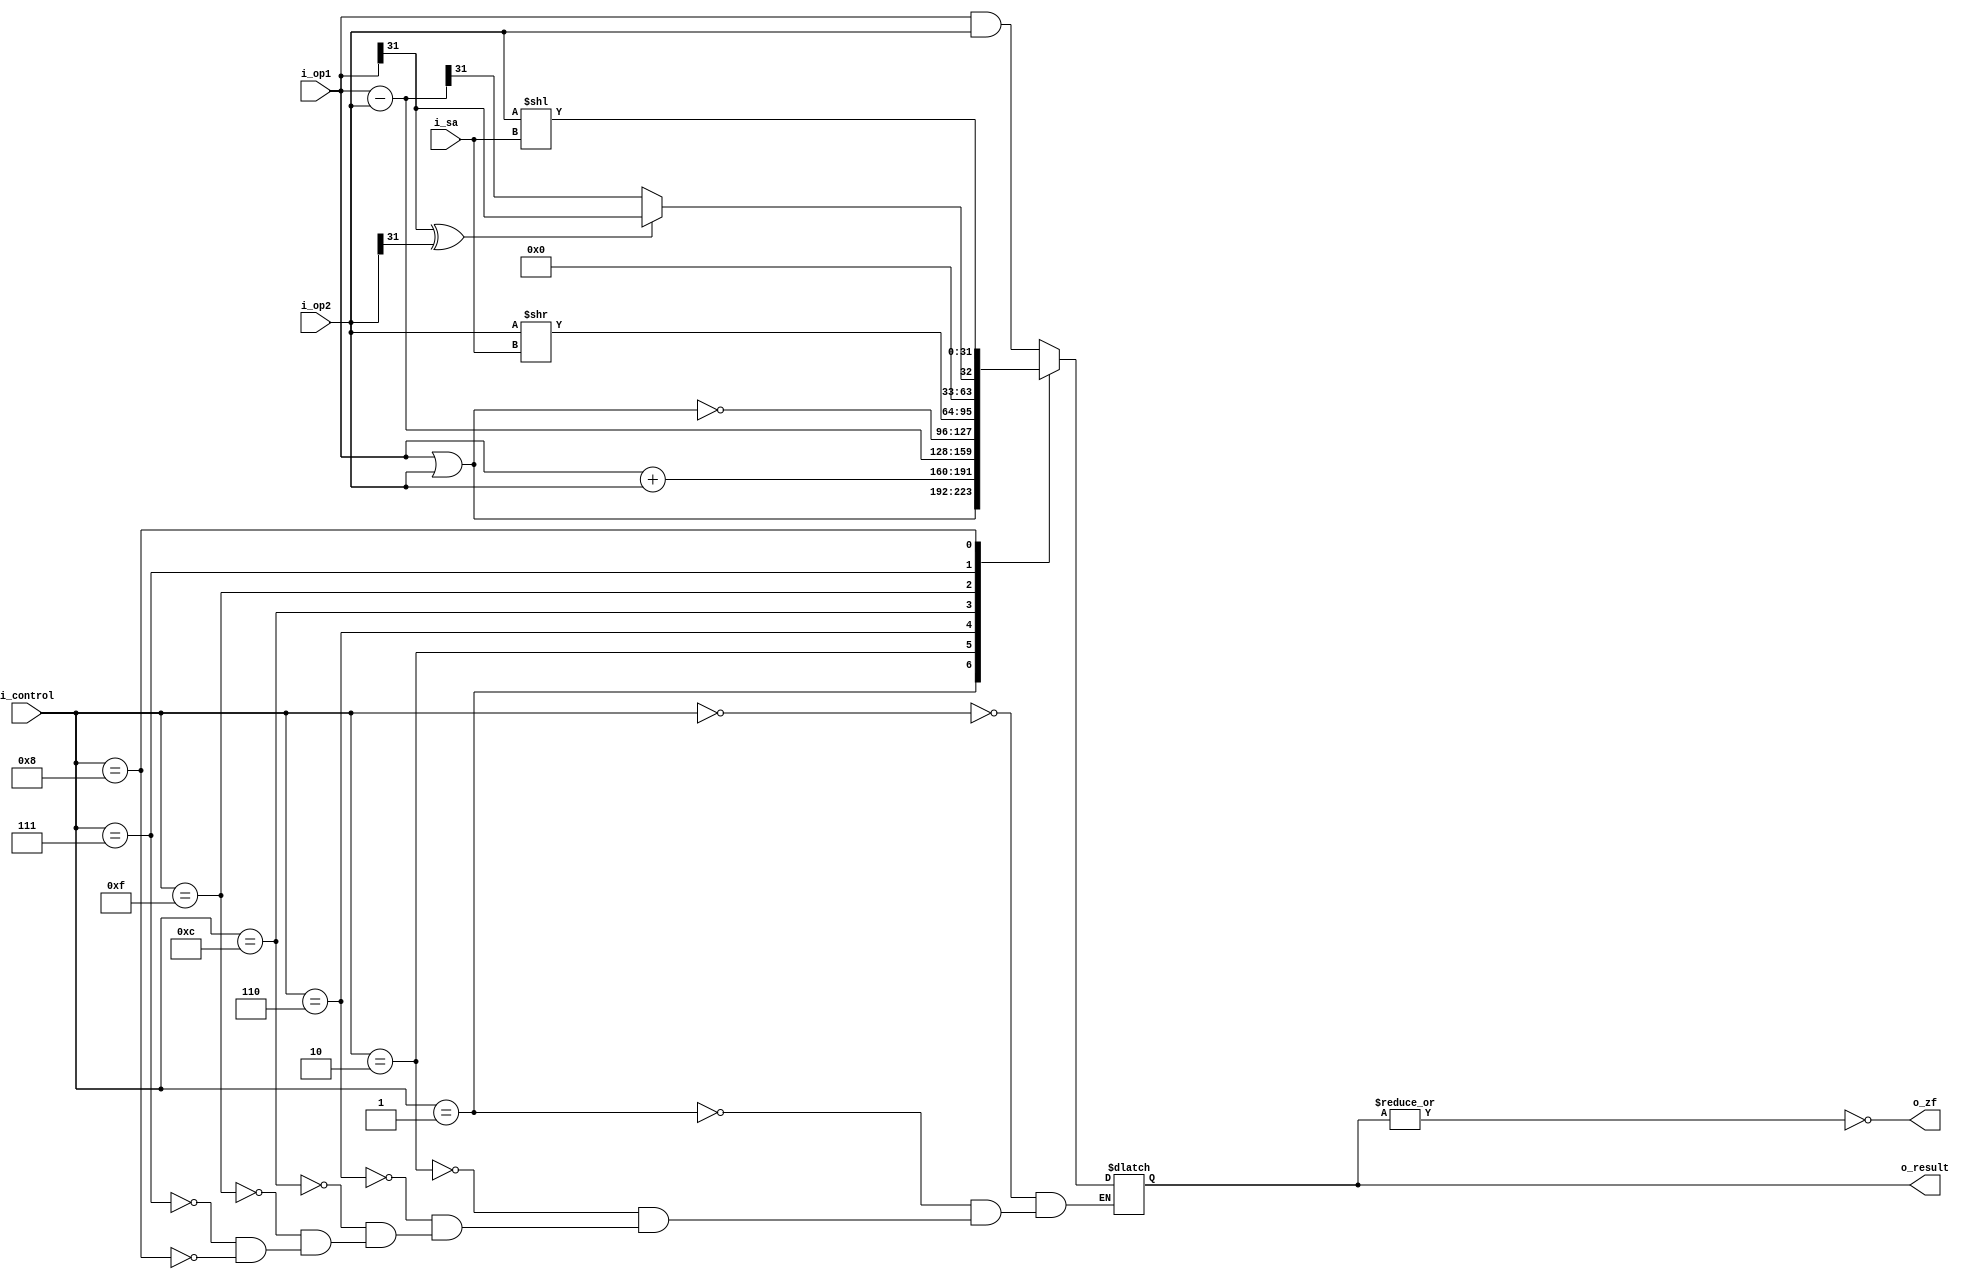
module alu(i_op1, i_op2, i_control, i_sa, o_result, o_zf);

localparam AND = 4'b0000, OR = 4'b0001, ADD = 4'b0010;
localparam SUB = 4'b0110, SOLT = 4'b0111, NOR = 4'b1100; //SOLT - Set On Less then
localparam SLL = 4'b1000,  SRL = 4'b1111; 

input       [31:0]  i_op1, i_op2;
input       [3:0]   i_control;
input 		[4:0] 	i_sa;
output reg  [31:0]  o_result;
output 	            o_zf;
reg [31:0] temp;
assign o_zf = ~|o_result;

always @(*) begin
	case(i_control) 
		AND: 	o_result = i_op1 & i_op2;
		OR:		o_result = i_op1 | i_op2;
		ADD:	o_result = i_op1 + i_op2;
		SUB:	o_result = i_op1 - i_op2;
		NOR:	o_result = ~(i_op1 | i_op2);
		SRL:	o_result = i_op2 >> i_sa;
		SOLT : begin
			if (i_op1[31] ^ i_op2[31]) o_result = i_op1[31];
			else begin
				temp = i_op1 - i_op2;
				o_result = temp[31];
			end
		end
		SLL:	o_result = i_op2 << i_sa;
	endcase
end

endmodule